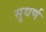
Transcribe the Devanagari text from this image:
सुधर्ण